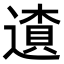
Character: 𨖒